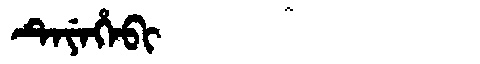
Manchu: ᡨᡝᠶᡝᡥᡝᠪᡳ
Romanization: TEYEHEBI